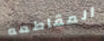
المقاطعه